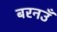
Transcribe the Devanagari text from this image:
बरनउँ